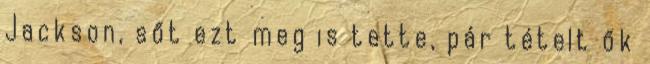
Jackson, sőt ezt meg is tette, pár tételt ők